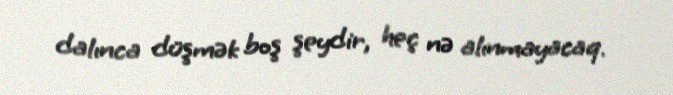
dalınca düşmək boş şeydir, heç nə alınmayacaq.